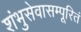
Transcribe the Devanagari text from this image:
शंभुसेवासम्पूरितं